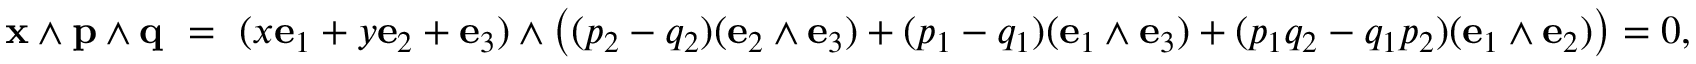
\mathbf { x } \wedge \mathbf { p } \wedge \mathbf { q } \ = \ ( x \mathbf { e } _ { 1 } + y \mathbf { e } _ { 2 } + \mathbf { e } _ { 3 } ) \wedge { \big ( } ( p _ { 2 } - q _ { 2 } ) ( \mathbf { e } _ { 2 } \wedge \mathbf { e } _ { 3 } ) + ( p _ { 1 } - q _ { 1 } ) ( \mathbf { e } _ { 1 } \wedge \mathbf { e } _ { 3 } ) + ( p _ { 1 } q _ { 2 } - q _ { 1 } p _ { 2 } ) ( \mathbf { e } _ { 1 } \wedge \mathbf { e } _ { 2 } ) { \big ) } = 0 ,